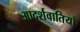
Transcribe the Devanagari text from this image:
आदर्शवातियों